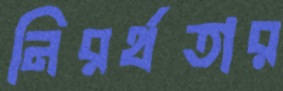
নিরর্থতার